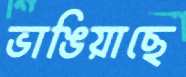
ভাঙিয়াছে